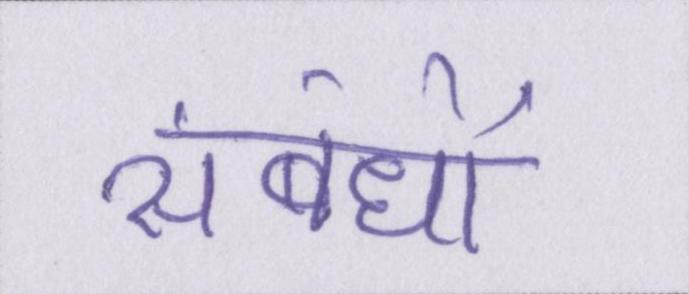
संबंधों